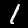
Digit: 1